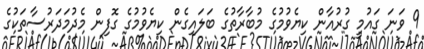
9 ވަނަ ގައުމީ ގުރުއާން ކިޔެވުމުގެ މުބާރާތުގެ ބަލައިގެން ކިޔެވުމުގެ ގޮފިން މެދުމަދަރުސާތަކުގެ